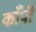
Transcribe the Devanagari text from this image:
काँपौ